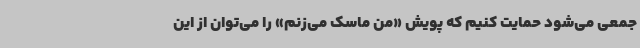
جمعی می‌شود حمایت کنیم که پویش «من ماسک می‌زنم» را می‌توان از این